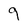
Character: 9